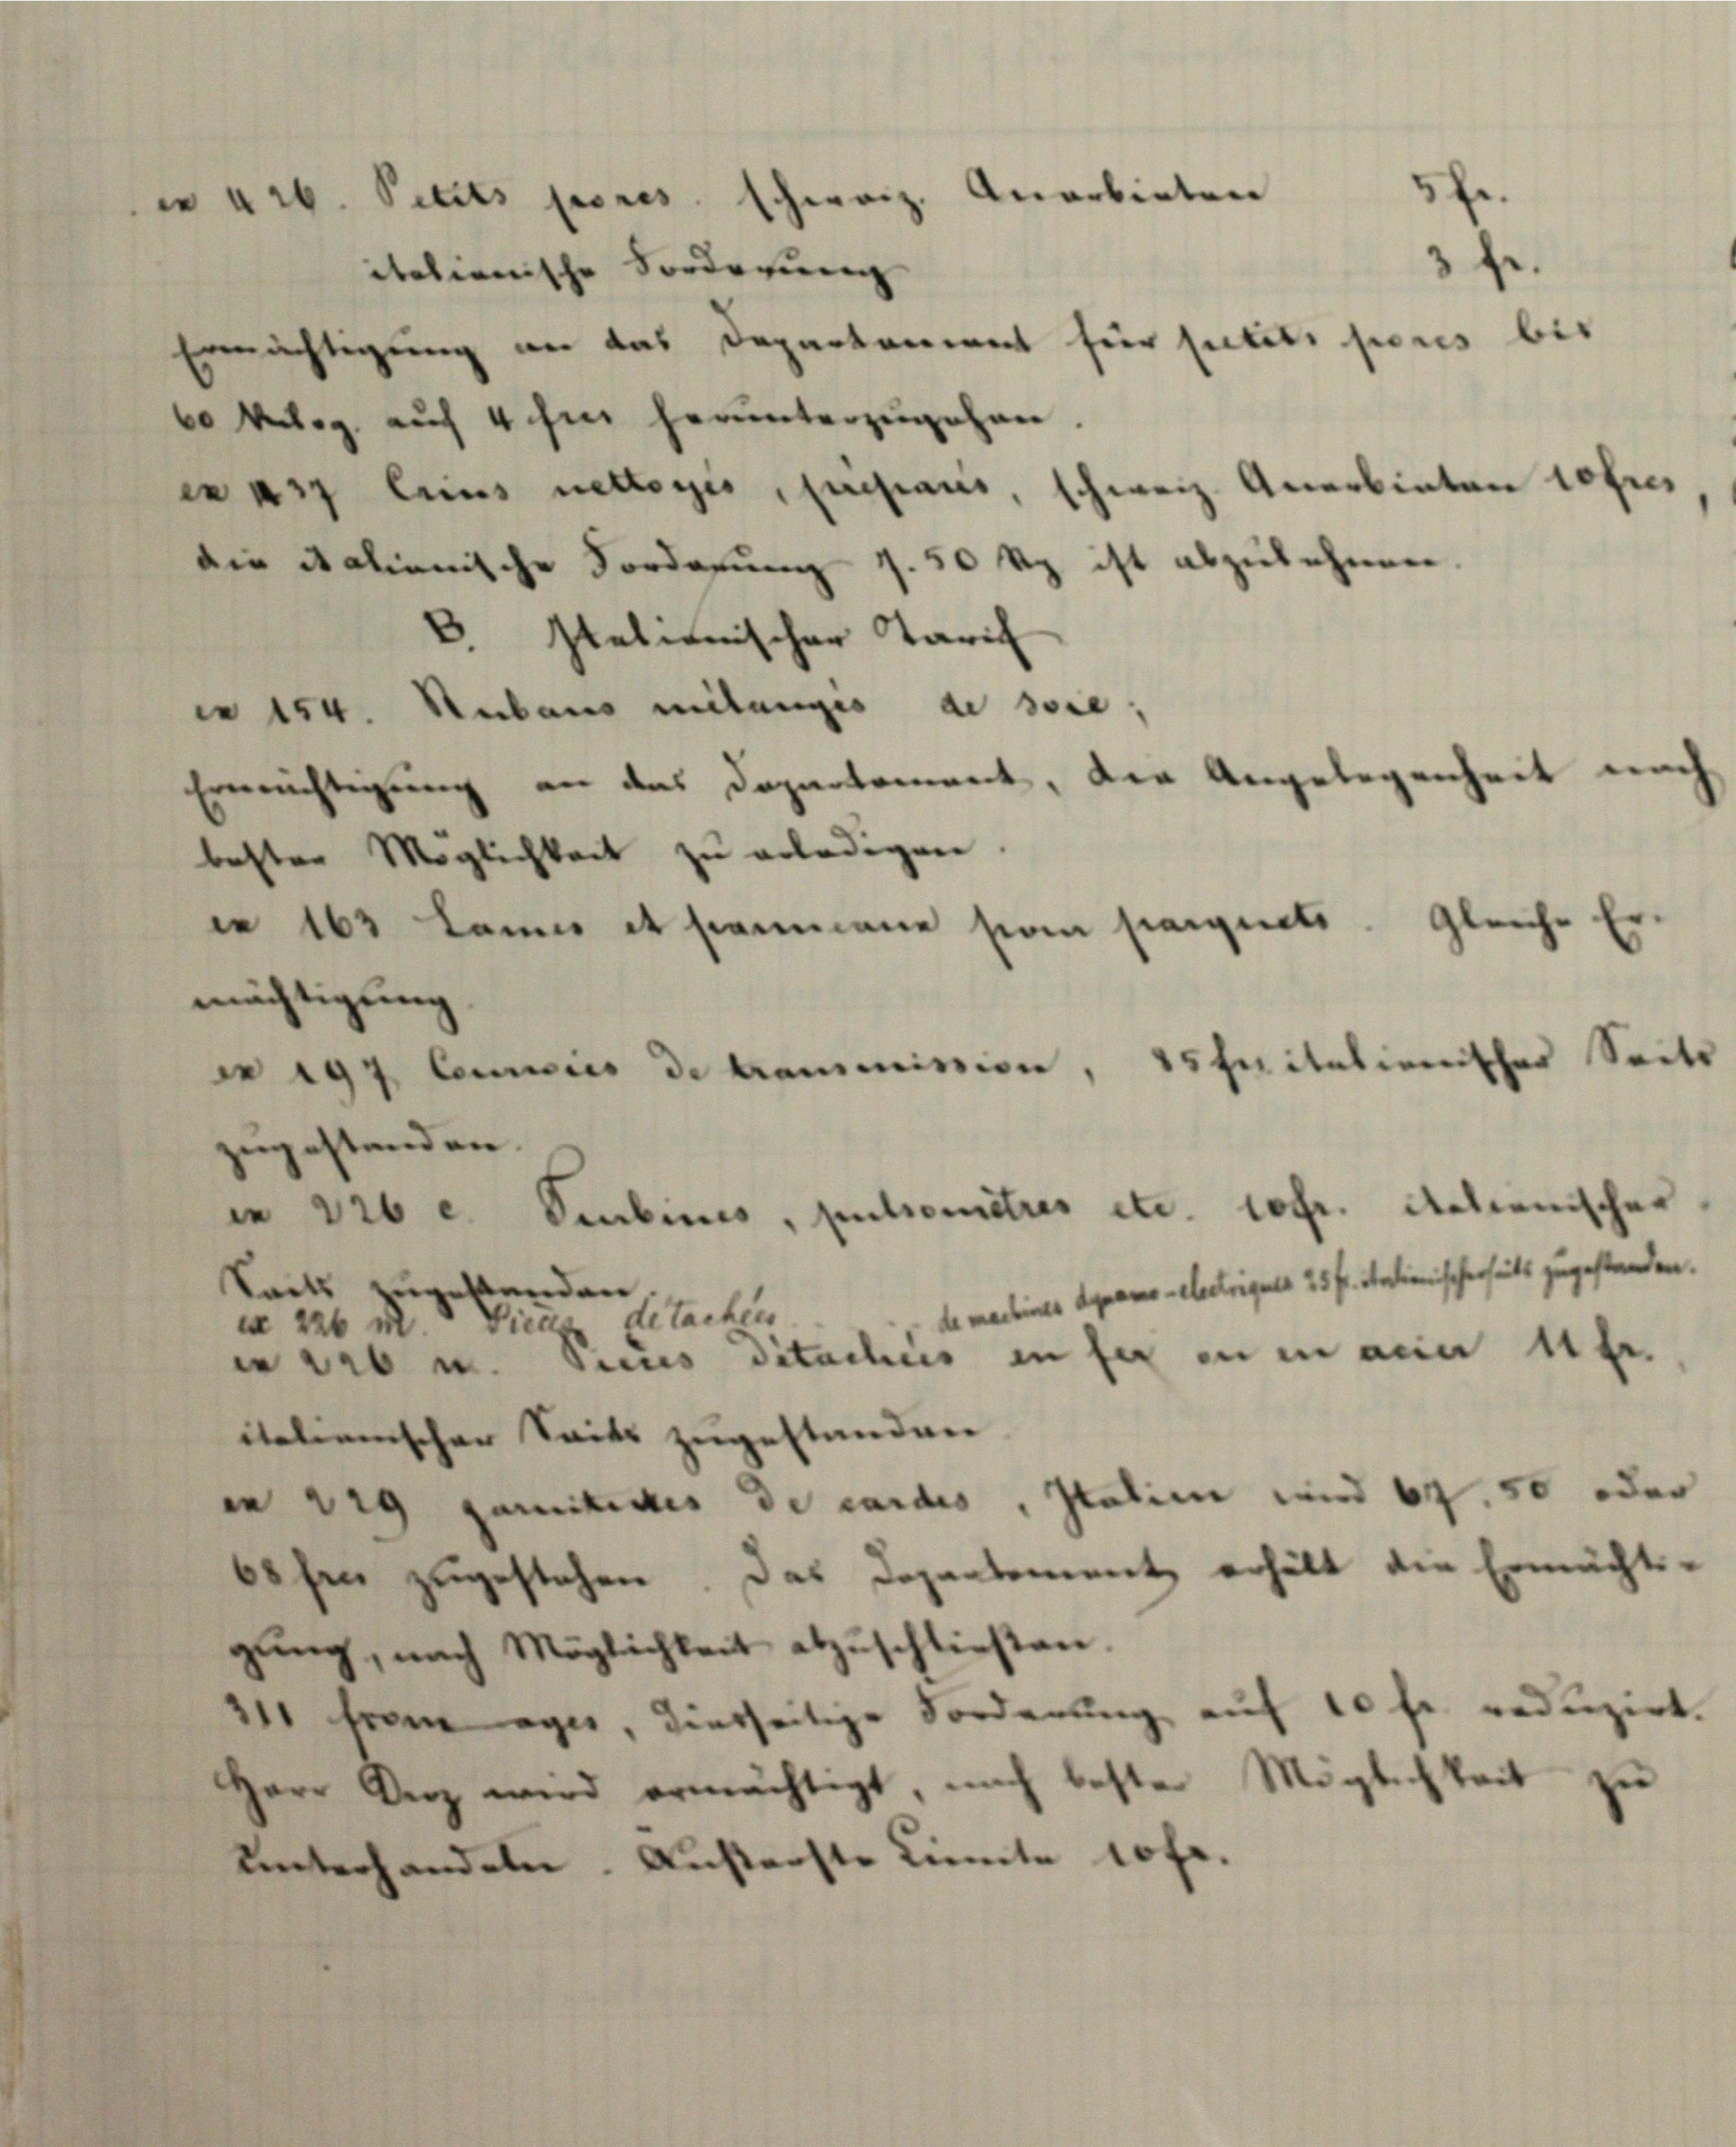
n arb. Petits peres schweiz. Anerbieten
italienische Forderung
60 kurz auf 4 hin herunterzugehen.

3 f.
Ermächtigung an das Departement für stets seris
war eines nettogis, presaus, schweiz. Anerbinten 10fres
die italienische Forderung s. 50 Rp ist abzulehnen.
b. Italienischer Tarif
 154. Stubaus mitangis de soie,
Ermächtigung an das Dopartement, der Angelegenheit nach
bester Möglichkeit zŭ erledigen.
in 163 Lanne et sammene son parquets. Gleiche Er-
mächtigung
zugestanden.
Saits zugestanden.
de machines Agrars electrigues 25 fl. Stadimischerheits zugestanden.
i 226 m. Die di tachen
er 226 u. Pecus ditachtes in für in in den 11 fr.
italienischer Seits zugestanden
e Vig gemitives de cardes, Italien und 62. 50 oder
bohen zugestehen. Das Departement erhält die Ermächt-
gŭng, nach Möglichkeit abzuschließen.
211 from ages, diesseitige Forderung auf 10 fr. reduzirt.
Herr Verz wird ermächtigt, nach bester Möglichkeit zu
unterhandeln. Außerste Kinnte 10 fr.

197, Couriis de Commission, 15 huitationischer Seite

in 126 c. Seubines, pulsomitres etc. rofr. Actionischer

bis